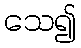
သေ၍